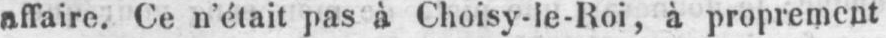
affaire. Ce n’était pas à Choisy-le-Roi, à proprement